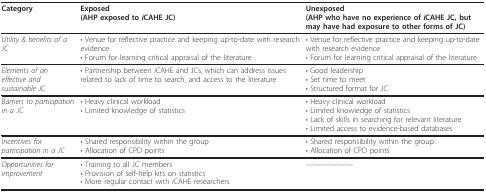
| Category | Exposed(AHP exposed to iCAHE JC) | Unexposed(AHP who have no experience of iCAHE JC, but may have had exposure to other forms of JC) |
 | --- | --- | --- |
 | Utility & benefits of a JC | • Venue for reflective practice and keeping up-to-date with research evidence• Forum for learning critical appraisal of the literature | • Venue for reflective practice and keeping up-to-date with research evidence• Forum for learning critical appraisal of the literature |
 | Elements of an effective and sustainable JC | • Partnership between iCAHE and JCs, which can address issues related to lack of time to search, and access to the literature | • Good leadership• Set time to meet• Structured format for JC |
 | Barriers to participation in a JC | • Heavy clinical workload• Limited knowledge of statistics | • Heavy clinical workload• Limited knowledge of statistics• Lack of skills in searching for relevant literature• Limited access to evidence-based databases |
 | Incentives for participation in a JC | • Shared responsibility within the group• Allocation of CPD points | • Shared responsibility within the group• Allocation of CPD points |
 | Opportunities for improvement | • Training to all JC members• Provision of self-help kits on statistics• More regular contact with iCAHE researchers | -------- |